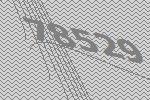
78529